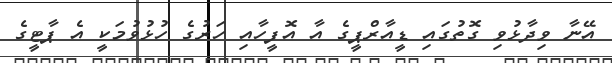
އޭނާ ވިދާޅުވި ގޮތުގައި ޑީއާރްޕީގެ އާ އޮފީހާއި ހަރުގެ ހުޅުވުމަކީ އެ ޕާޓީގެ